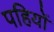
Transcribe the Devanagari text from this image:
पहियोें